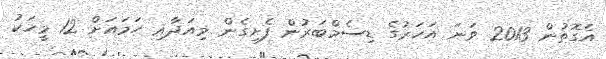
އެގޮތުން 2013 ވަނަ އަހަރުގެ ޑިސެމްބަރުން ފެށިގެން މިއަދާއި ހަމައަށް 12 މީހަކު